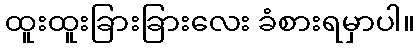
ထူးထူးခြားခြားလေး ခံစားရမှာပါ။